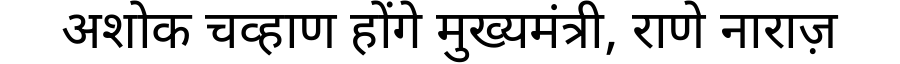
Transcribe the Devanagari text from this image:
अशोक चव्हाण होंगे मुख्यमंत्री, राणे नाराज़